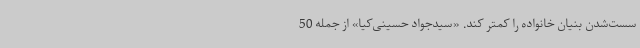
سست‌شدن بنیان خانواده را کمتر کند. «سیدجواد حسینی‌کیا» از جمله 50